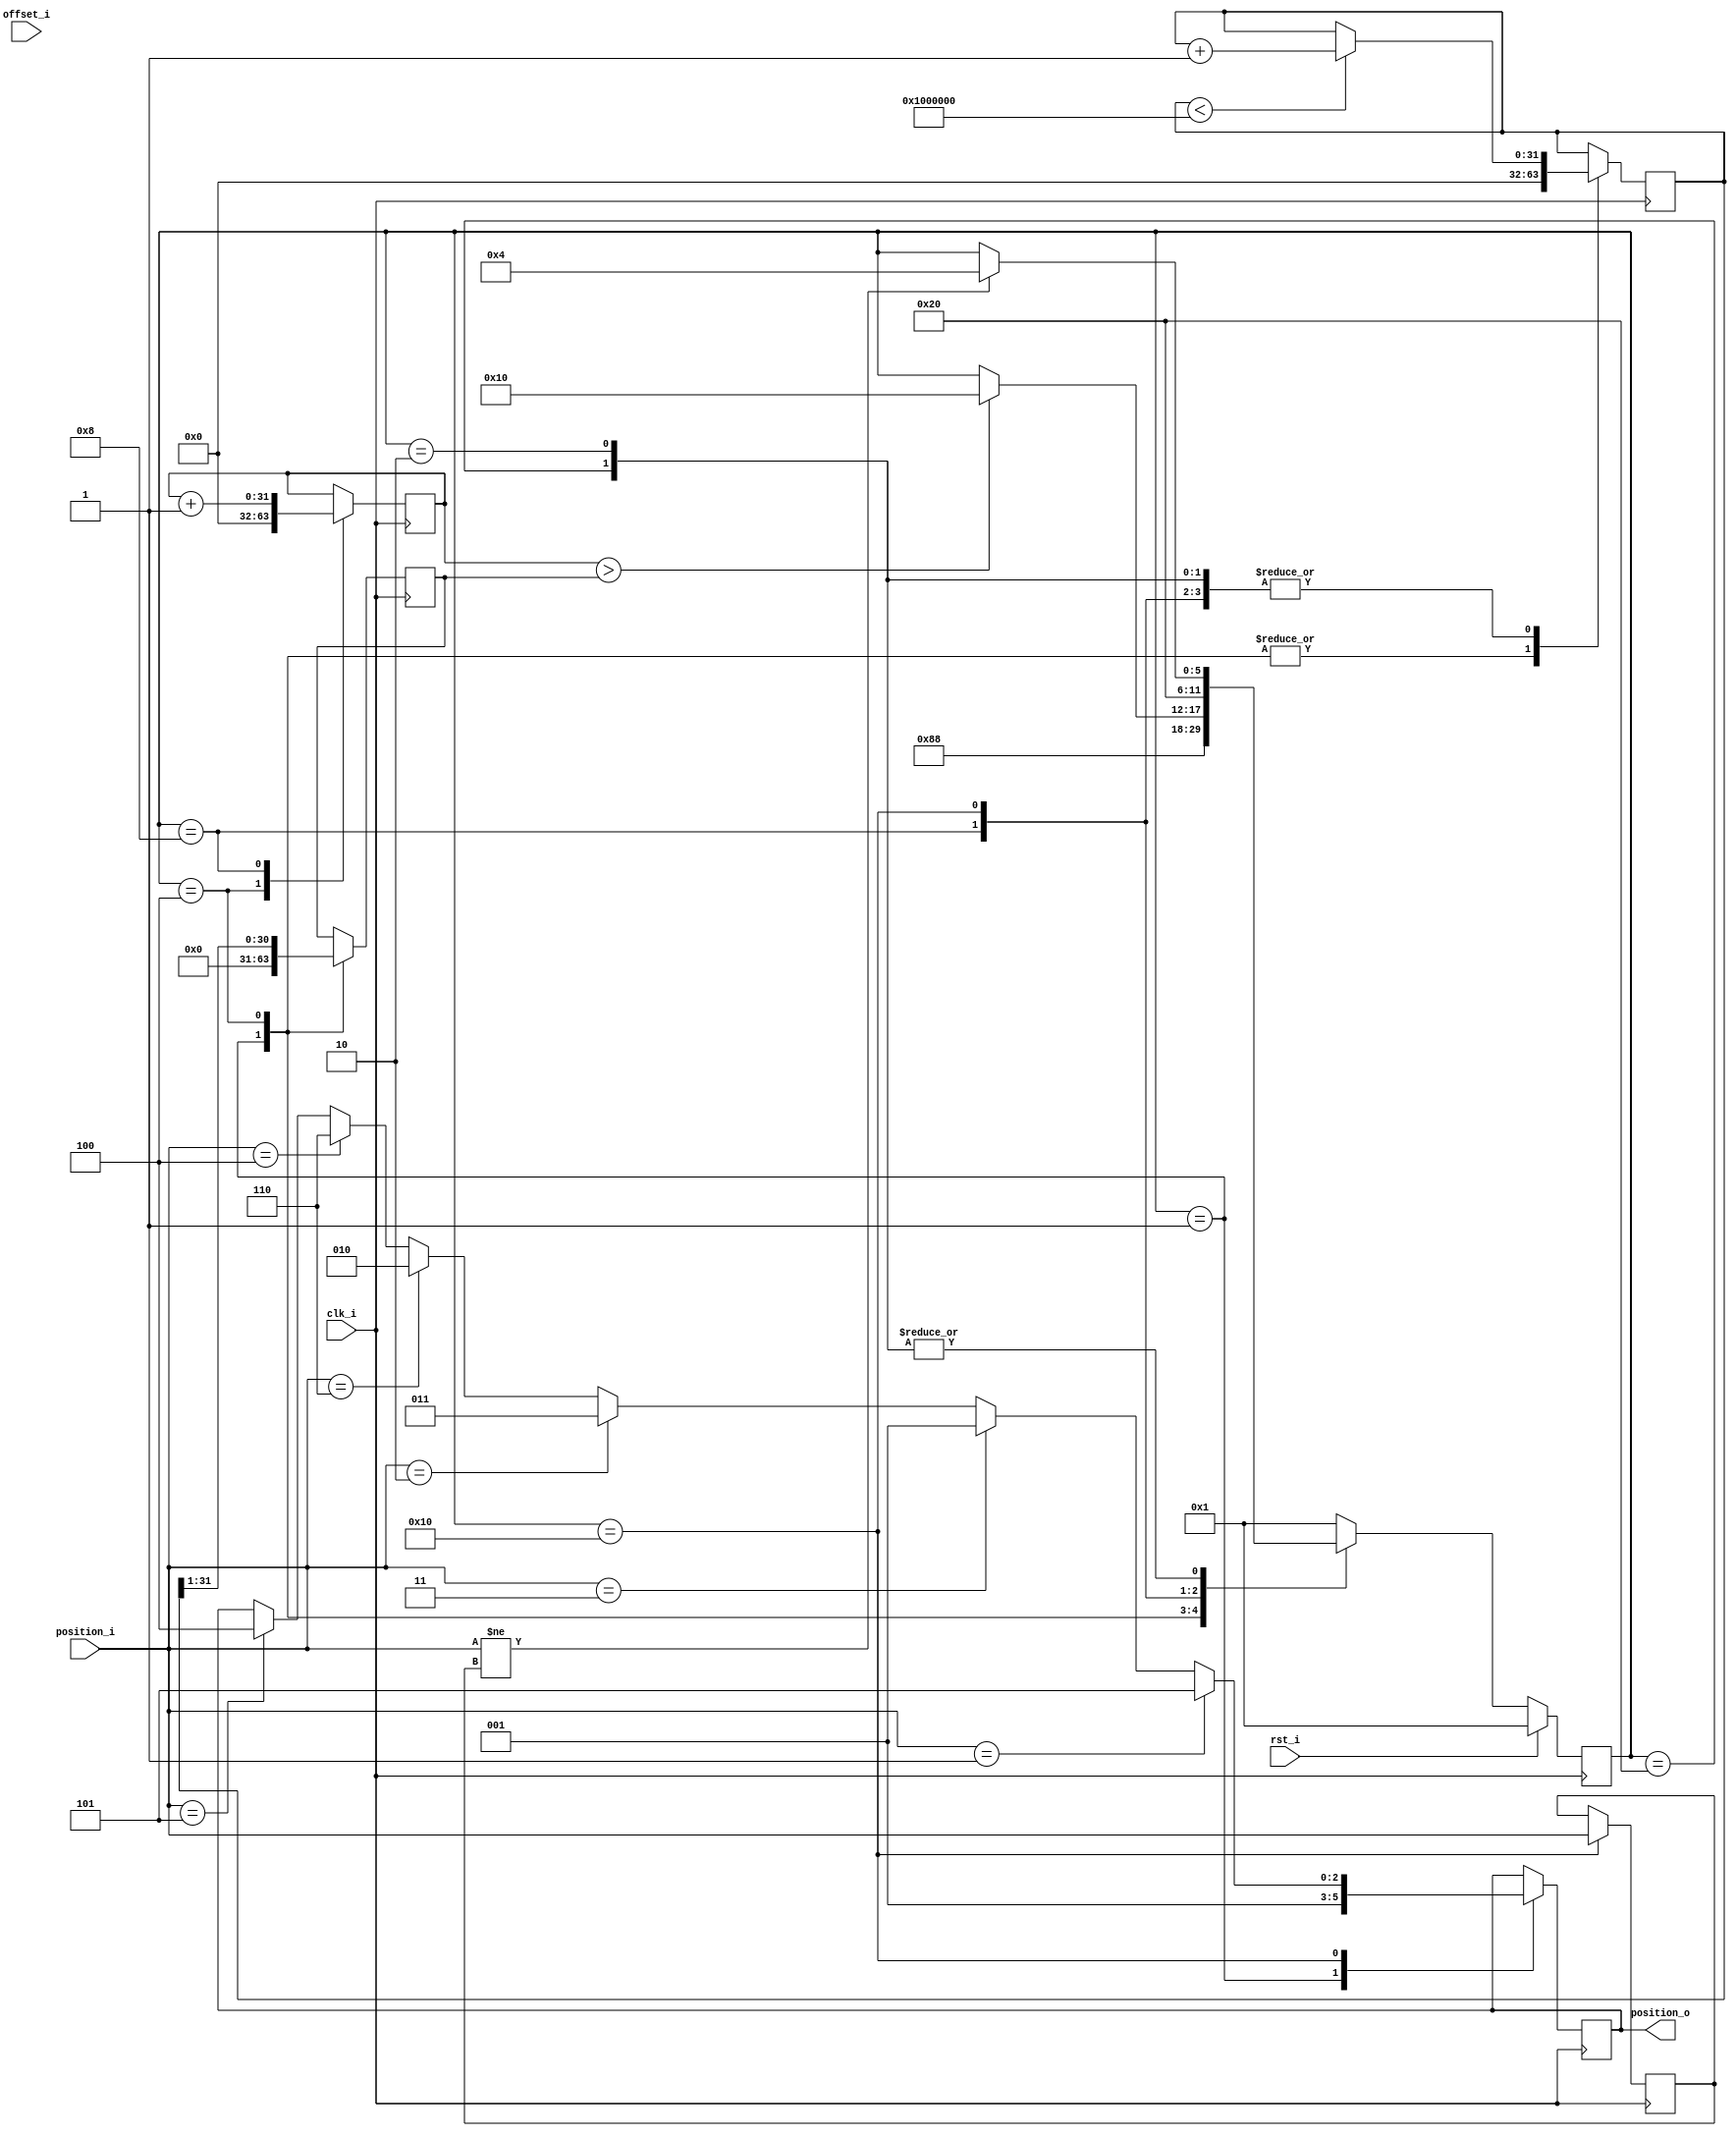
// ***************************************************************************
// ***************************************************************************
// Copyright 2014 - 2017 (c) Analog Devices, Inc. All rights reserved.
//
// In this HDL repository, there are many different and unique modules, consisting
// of various HDL (Verilog or VHDL) components. The individual modules are
// developed independently, and may be accompanied by separate and unique license
// terms.
//
// The user should read each of these license terms, and understand the
// freedoms and responsibilities that he or she has by using this source/core.
//
// This core is distributed in the hope that it will be useful, but WITHOUT ANY
// WARRANTY; without even the implied warranty of MERCHANTABILITY or FITNESS FOR
// A PARTICULAR PURPOSE.
//
// Redistribution and use of source or resulting binaries, with or without modification
// of this file, are permitted under one of the following two license terms:
//
//   1. The GNU General Public License version 2 as published by the
//      Free Software Foundation, which can be found in the top level directory
//      of this repository (LICENSE_GPL2), and also online at:
//      <https://www.gnu.org/licenses/old-licenses/gpl-2.0.html>
//
// OR
//
//   2. An ADI specific BSD license, which can be found in the top level directory
//      of this repository (LICENSE_ADIBSD), and also on-line at:
//      https://github.com/analogdevicesinc/hdl/blob/master/LICENSE_ADIBSD
//      This will allow to generate bit files and not release the source code,
//      as long as it attaches to an ADI device.
//
// ***************************************************************************
// ***************************************************************************

`timescale 1ns / 1ps

module delay_30_degrees
//----------- Paramters Declarations -------------------------------------------
//----------- Ports Declarations -----------------------------------------------
(
    input               clk_i,
    input               rst_i,
    input       [31:0]  offset_i,   // offset register
    input       [2:0]   position_i, // input position
    output reg  [2:0]   position_o  // delayed with 30 degrees position
);

//------------------------------------------------------------------------------
//----------- Local Parameters -------------------------------------------------
//------------------------------------------------------------------------------
localparam MAX_SPEED_COUNT  = 32'h1000000;
//State machine
localparam RESET            = 6'b000001;
localparam INIT             = 6'b000010;
localparam CHANGE_POSITION  = 6'b000100;
localparam DELAY_30_DEGREES = 6'b001000;
localparam APPLY_CHANGE     = 6'b010000;
localparam IDLE             = 6'b100000;
//------------------------------------------------------------------------------
//----------- Registers Declarations -------------------------------------------
//------------------------------------------------------------------------------
reg [5:0]   state         = RESET;  // current state
reg [5:0]   next_state    = RESET;  // next state
reg [2:0]   position_old  = 3'h0;   // saves the latest position
reg [31:0]  speed_count   = 32'h0;  // counts the current speed of rotation
reg [31:0]  speed_divider = 32'h0;  // divides the speed of rotation by 2, correspoding to 30 degrees
reg [31:0]  delay_count   = 32'h0;  // Applied the delay to the input signal

//------------------------------------------------------------------------------
//----------- Assign/Always Blocks ---------------------------------------------
//------------------------------------------------------------------------------

// State transitions
always @*
begin
    next_state = state;

    case (state)
        RESET:
        begin
            next_state = INIT;
        end
        INIT:
        begin
            if (position_i != position_old)
            begin
                next_state = CHANGE_POSITION;
            end
        end
        CHANGE_POSITION:
        begin
            next_state = DELAY_30_DEGREES;
        end
        DELAY_30_DEGREES:
        begin
            if( delay_count >  speed_divider)
            begin
                next_state          = APPLY_CHANGE;
            end
        end
        APPLY_CHANGE:
        begin
            next_state          = IDLE;
        end
        IDLE:
        begin
            if (position_i != position_old)
            begin
                next_state = CHANGE_POSITION;
            end
        end
        default:
        begin
            next_state = RESET;
        end
    endcase
end

always @(posedge clk_i)
begin
    case(state)
        RESET:
        begin
            speed_count     <= 0;
            speed_divider   <= 0;
            position_o      <= 3'b1;
        end
        INIT:
        begin
            if (speed_count < MAX_SPEED_COUNT)
            begin
                speed_count <= speed_count + 1;
            end
        end
        CHANGE_POSITION:
        begin
            speed_divider   <= speed_count >> 1 ;
            speed_count     <= 0;
            delay_count     <= 0;
        end
        DELAY_30_DEGREES:
        begin
            if (speed_count < MAX_SPEED_COUNT)
            begin
                speed_count <= speed_count + 1;
            end
            delay_count <= delay_count + 1;
        end
        APPLY_CHANGE:
        begin
            if (position_i == 3'b101)
            begin
                position_o <= 100;
            end
            if (position_i == 3'b100)
            begin
                position_o <= 110;
            end
            if (position_i == 3'b110)
            begin
                position_o <= 010;
            end
            if (position_i == 3'b010)
            begin
                position_o <= 011;
            end
            if (position_i == 3'b011)
            begin
                position_o <= 001;
            end
            if (position_i == 3'b001)
            begin
                position_o <= 101;
            end
            position_old    <= position_i;
            if (speed_count < MAX_SPEED_COUNT)
            begin
                speed_count <= speed_count + 1;
            end
        end
        IDLE:
        begin
            if (speed_count < MAX_SPEED_COUNT)
            begin
                speed_count <= speed_count + 1;
            end
        end
    endcase
end

always @ (posedge clk_i)
begin
    if(rst_i == 1'b1)
    begin
        state <= RESET;
    end
    else
    begin
        state <= next_state;
    end
end

endmodule